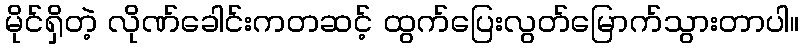
မိုင်ရှိတဲ့ လိုဏ်ခေါင်းကတဆင့် ထွက်ပြေးလွတ်မြောက်သွားတာပါ။